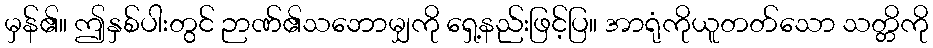
မှန်၏။ ဤနှစ်ပါးတွင် ဉာဏ်၏သဘောမျှကို ရှေ့နည်းဖြင့်ပြ။ အာရုံကိုယူတတ်သော သတ္တိကို